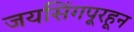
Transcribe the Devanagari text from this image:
जयसिंगपूरहून